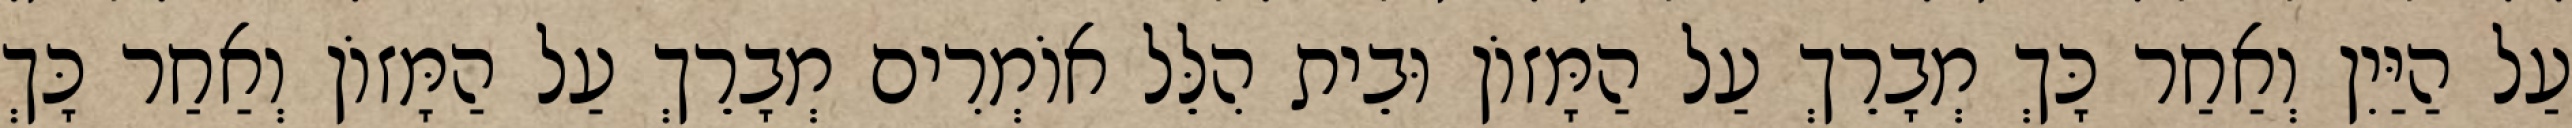
עַל הַיַּיִן וְאַחַר כָּךְ מְבָרֵךְ עַל הַמָּזוֹן וּבֵית הִלֵּל אוֹמְרִים מְבָרֵךְ עַל הַמָּזוֹן וְאַחַר כָּךְ